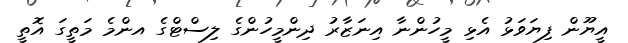
އީޔޫން ފިޔަވަޅު އެޅި މީހުންނާ އިނަޒާރު ދިންމީހުންގެ ލިސްޓްގެ އންމެ މަތީގަ އޮތީ